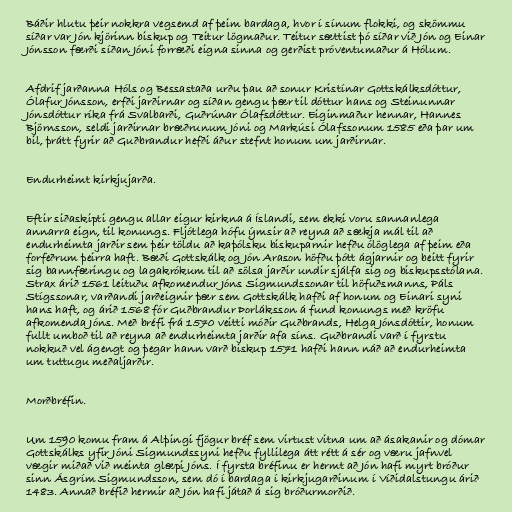
Báðir hlutu þeir nokkra vegsemd af þeim bardaga, hvor í sínum flokki, og skömmu
síðar var Jón kjörinn biskup og Teitur lögmaður. Teitur sættist þó síðar við Jón og Einar
Jónsson færði síðan Jóni forræði eigna sinna og gerðist próventumaður á Hólum.

Afdrif jarðanna Hóls og Bessastaða urðu þau að sonur Kristínar Gottskálksdóttur,
Ólafur Jónsson, erfði jarðirnar og síðan gengu þær til dóttur hans og Steinunnar
Jónsdóttur ríka frá Svalbarði, Guðrúnar Ólafsdóttur. Eiginmaður hennar, Hannes
Björnsson, seldi jarðirnar bræðrunum Jóni og Markúsi Ólafssonum 1585 eða þar um
bil, þrátt fyrir að Guðbrandur hefði áður stefnt honum um jarðirnar.

Endurheimt kirkjujarða.

Eftir siðaskipti gengu allar eigur kirkna á Íslandi, sem ekki voru sannanlega
annarra eign, til konungs. Fljótlega hófu ýmsir að reyna að sækja mál til að
endurheimta jarðir sem þeir töldu að kaþólsku biskuparnir hefðu ólöglega af þeim eða
forfeðrum þeirra haft. Bæði Gottskálk og Jón Arason höfðu þótt ágjarnir og beitt fyrir
sig bannfæringu og lagakrókum til að sölsa jarðir undir sjálfa sig og biskupsstólana.
Strax árið 1561 leituðu afkomendur Jóns Sigmundssonar til höfuðsmanns, Páls
Stígssonar, varðandi jarðeignir þær sem Gottskálk hafði af honum og Einari syni
hans haft, og árið 1568 fór Guðbrandur Þorláksson á fund konungs með kröfu
afkomenda Jóns. Með bréfi frá 1570 veitti móðir Guðbrands, Helga Jónsdóttir, honum
fullt umboð til að reyna að endurheimta jarðir afa síns. Guðbrandi varð í fyrstu
nokkuð vel ágengt og þegar hann varð biskup 1571 hafði hann náð að endurheimta
um tuttugu meðaljarðir.

Morðbréfin.

Um 1590 komu fram á Alþingi fjögur bréf sem virtust vitna um að ásakanir og dómar
Gottskálks yfir Jóni Sigmundssyni hefðu fyllilega átt rétt á sér og væru jafnvel
vægir miðað við meinta glæpi Jóns. Í fyrsta bréfinu er hermt að Jón hafi myrt bróður
sinn Ásgrím Sigmundsson, sem dó í bardaga í kirkjugarðinum í Víðidalstungu árið
1483. Annað bréfið hermir að Jón hafi játað á sig bróðurmorðið.